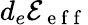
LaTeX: d_{e}\mathcal{E}_{\mathrm{~e~f~f~}}